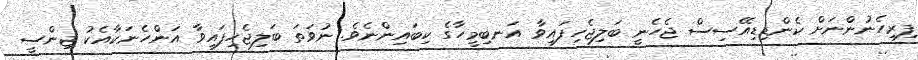
ފިރިހެެނުންނަށް ކެންޑިޑިއޭސިސް ޖެހެނީ ބަލިޖެހިފައިވާ އަނބިމީހާގެ ކިބައިންނެވެ. ނުވަތަ ބަލިޖެހިފައިވާ އަންހެނަކާއެކު ޖިންސީ